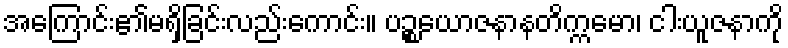
အကြောင်း၏မရှိခြင်းလည်းကောင်း။ ပဉ္စယောဇနာနတိက္ကမော၊ ငါးယူဇနာကို